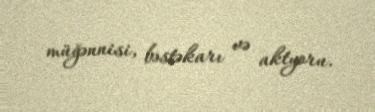
müğənnisi, bəstəkarı və aktyoru.